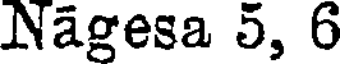
Nagesa 5, 6